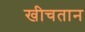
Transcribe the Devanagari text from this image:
खीचतान